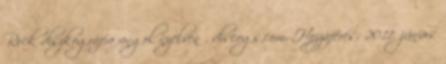
Rock diszkográfia angol nyelven . discogs.com. Hozzáférés: 2011. június